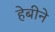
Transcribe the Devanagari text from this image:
हेबीने